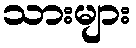
သားများ